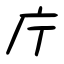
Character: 庁